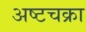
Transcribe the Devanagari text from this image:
अष्टचक्रा